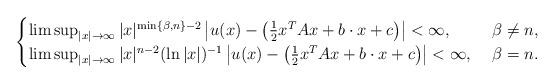
LaTeX: \begin{align*}\begin{cases}\limsup_{|x|\rightarrow\infty}|x|^{\min\{\beta,n\}-2}\left|u(x)-\left(\frac{1}{2}x^TAx+b\cdot x+c\right)\right|<\infty,&\ \beta\neq n,\\\limsup_{|x|\rightarrow\infty}|x|^{n-2}(\ln|x|)^{-1}\left|u(x)-\left(\frac{1}{2}x^TAx+b\cdot x+c\right)\right|<\infty,&\ \beta=n.\end{cases}\end{align*}